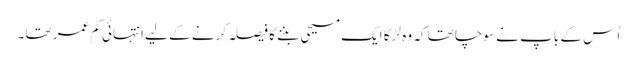
اُس کے باپ نے سوچا تھا کہ وہ لڑکا ایک مسیحی بننے کا فیصلہ کرنے کے لیے انتہائی کم عمر تھا۔